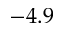
- 4 . 9